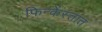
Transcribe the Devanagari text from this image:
फिन्केंस्तात